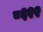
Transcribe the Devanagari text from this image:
८६२२